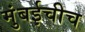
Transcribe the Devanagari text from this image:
मुंबईचीच